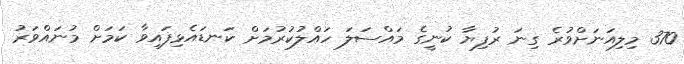
370 މިލިއަނަށްވުރެ ގިނަ ރުފިޔާ ކުނީގެ މައްސަލަ ހައްލުކުރުމަށް ކަނޑައެޅިފައިވާ ކަމަށް މުނައްވަރު